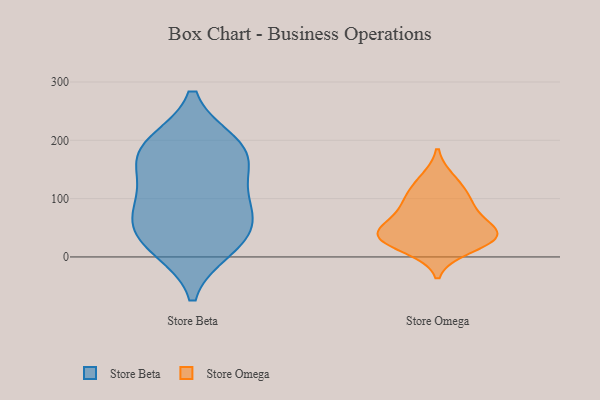
{"axis": {"x": "Backlog", "y": "Value"}, "legend": ["Store Beta", "Store Omega"], "data": [{"x": "", "y": 191, "type": "Store Beta"}, {"x": "", "y": 79, "type": "Store Beta"}, {"x": "", "y": 90, "type": "Store Beta"}, {"x": "", "y": 181, "type": "Store Beta"}, {"x": "", "y": 194, "type": "Store Beta"}, {"x": "", "y": 38, "type": "Store Beta"}, {"x": "", "y": 69, "type": "Store Beta"}, {"x": "", "y": 23, "type": "Store Beta"}, {"x": "", "y": 15, "type": "Store Beta"}, {"x": "", "y": 135, "type": "Store Beta"}, {"x": "", "y": 161, "type": "Store Beta"}, {"x": "", "y": 40, "type": "Store Omega"}, {"x": "", "y": 15, "type": "Store Omega"}, {"x": "", "y": 90, "type": "Store Omega"}, {"x": "", "y": 47, "type": "Store Omega"}, {"x": "", "y": 133, "type": "Store Omega"}, {"x": "", "y": 79, "type": "Store Omega"}, {"x": "", "y": 37, "type": "Store Omega"}, {"x": "", "y": 33, "type": "Store Omega"}, {"x": "", "y": 36, "type": "Store Omega"}, {"x": "", "y": 109, "type": "Store Omega"}]}